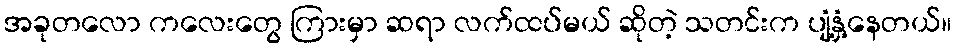
အခုတလော ကလေးတွေ ကြားမှာ ဆရာ လက်ထပ်မယ် ဆိုတဲ့ သတင်းက ပျံ့နှံ့နေတယ်။